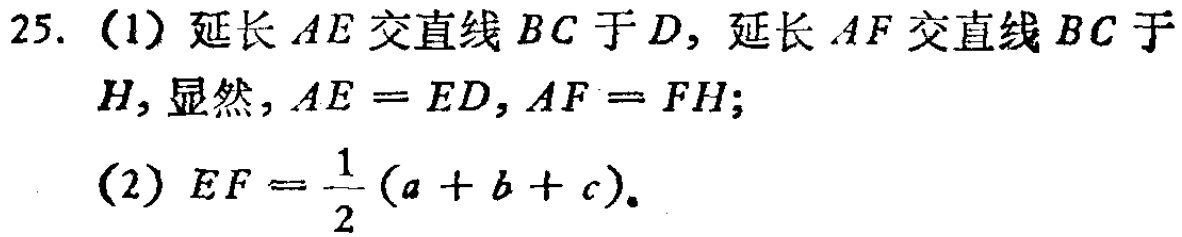
25. (1) 延长 \(AE\) 交直线 \(BC\) 于 \(D\)，延长 \(AF\) 交直线 \(BC\) 于 \(H\)，显然，\(AE = ED\)，\(AF = FH\)；
(2) \(EF=\frac{1}{2}(a + b + c)\)。